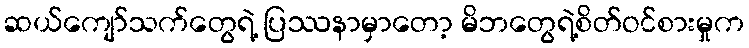
ဆယ်ကျော်သက်တွေရဲ့ ပြဿနာမှာတော့ မိဘတွေရဲ့စိတ်ဝင်စားမှုက